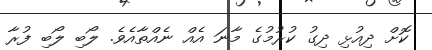
ކޮށް ދިއުޅި ދިގު ކުރުމުގެ މާނަ އެއް ނެއްތާއެވެ. ލޯބި ލޯބި ފުރާ